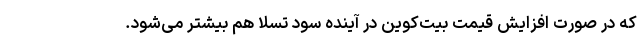
که در صورت افزایش قیمت بیت‌کوین در آینده سود تسلا هم بیشتر می‌شود.